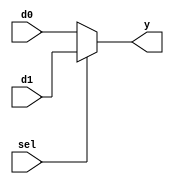
module mux2_1 (y,d0,d1,sel);
	parameter width=4;
	
	output [width-1:0] y ;
	input  [width-1:0] d0,d1 ;
	input  sel ;

assign y = sel? d1:d0 ;

endmodule